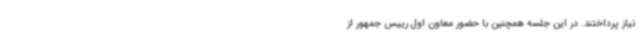
نیاز پرداختند. در این جلسه همچنین با حضور معاون اول رییس جمهور از